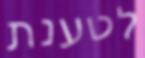
לטענת